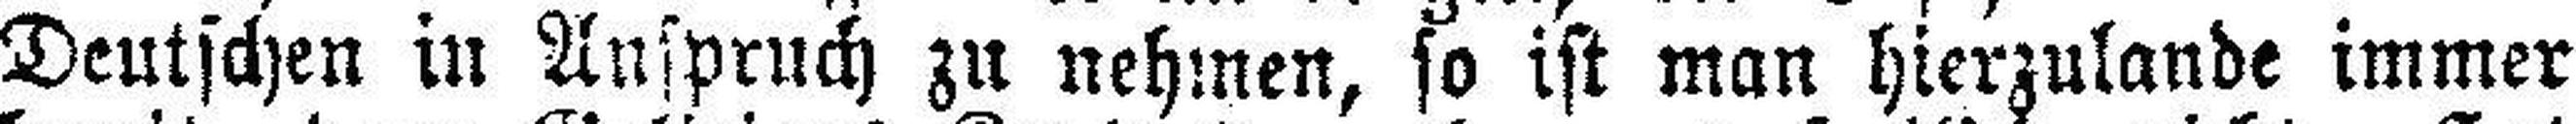
Deutschen in Anspruch zu nehmen, so ist man hierzulande immer